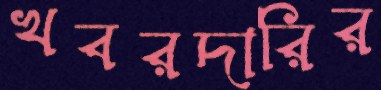
খবরদারির